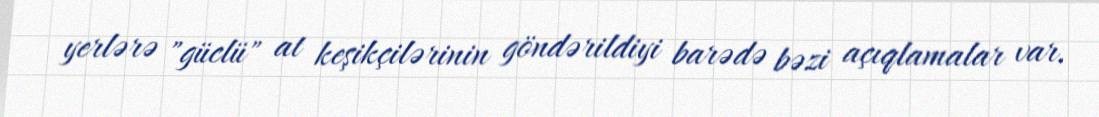
yerlərə "güclü" at keşikçilərinin göndərildiyi barədə bəzi açıqlamalar var.